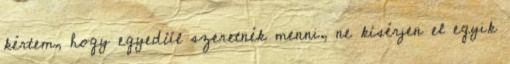
kértem, hogy egyedül szeretnék menni, ne kísérjen el egyik